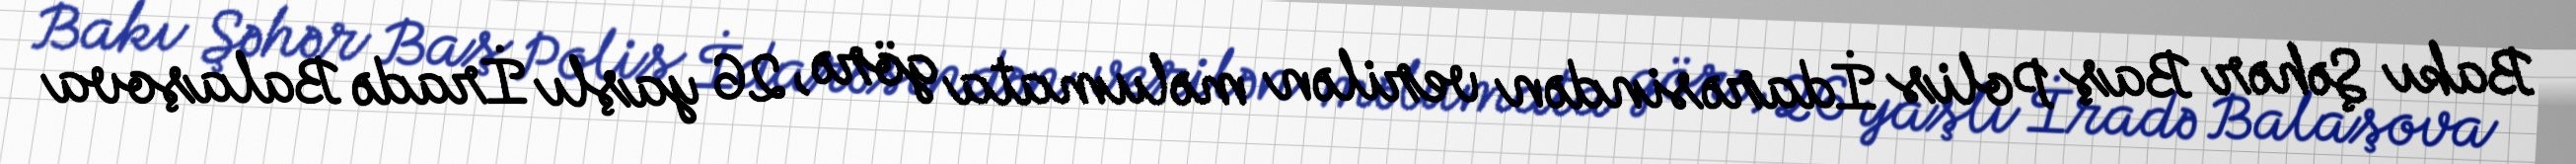
Bakı Şəhər Baş Polis İdarəsindən verilən məlumata görə, 26 yaşlı İradə Balaşova